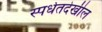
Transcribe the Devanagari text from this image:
स्पर्धेतदेखील